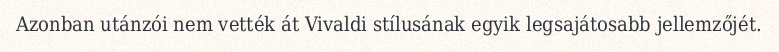
Azonban utánzói nem vették át Vivaldi stílusának egyik legsajátosabb jellemzőjét.